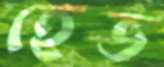
হেভ